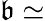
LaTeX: \mathfrak{b}\simeq